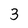
Character: 3